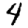
Digit: 4